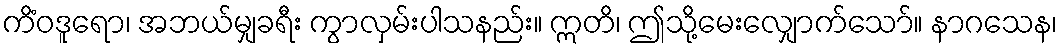
ကိံဝဒူရော၊ အဘယ်မျှခရီး ကွာလှမ်းပါသနည်း။ ဣတိ၊ ဤသို့မေးလျှောက်သော်။ နာဂသေန၊